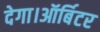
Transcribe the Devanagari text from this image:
देगा।ऑर्बिटर